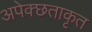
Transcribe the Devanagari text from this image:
अपेक्छताकृत